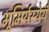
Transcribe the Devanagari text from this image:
भूमिर्यस्येयं